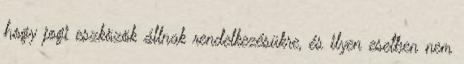
hogy jogi eszközök állnak rendelkezésükre, és ilyen esetben nem